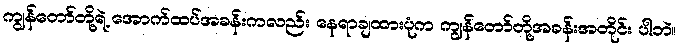
ကျွန်တော်တို့ရဲ့ အောက်ထပ်အခန်းကလည်း နေရာချထားပုံက ကျွန်တော်တို့အခန်းအတိုင်း ပါဘဲ။